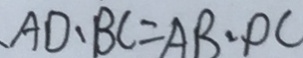
、 A D 、 B C = A B 、 D C